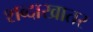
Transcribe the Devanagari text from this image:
शब्दाखातर